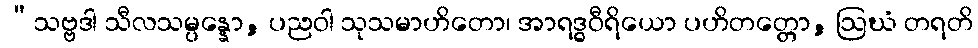
“သဗ္ဗဒါ သီလသမ္ပန္နော, ပညဝါ သုသမာဟိတော၊ အာရဒ္ဓဝီရိယော ပဟိတတ္တော, ဩဃံ တရတိ